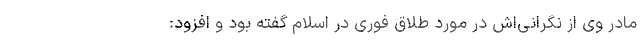
مادر وی از نگرانی‌اش در مورد طلاق فوری در اسلام گفته بود و افزود: